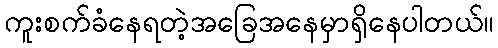
ကူးစက်ခံနေရတဲ့အခြေအနေမှာရှိနေပါတယ်။